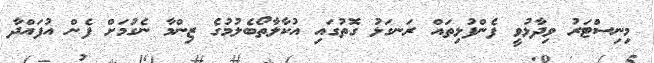
މިނިސްޓަރު ވިދާޅުވީ ފެންފުޅިތައް ރަނގަޅު ގޮތުގައި އުކާލާތޯބެލުމުގެ ޒިންމާ ނެގުމަށް ފެން އުފައްދާ